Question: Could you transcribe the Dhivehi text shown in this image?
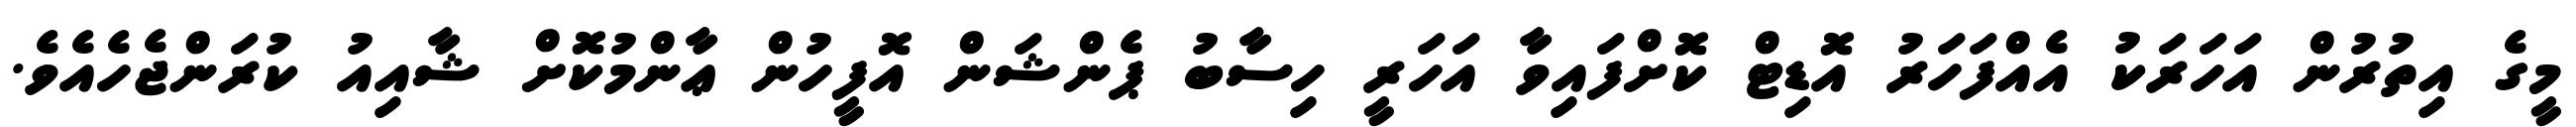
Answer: މީގެ އިތުރުން އަހަރަކު އެއްފަހަރު އޮޑިޓް ކޮށްފައިވާ އަހަރީ ހިސާބު ޕެންޝަން އޮފީހުން ޢާންމުކޮށް ޝާއިއު ކުރަންޖެހެއެވެ.